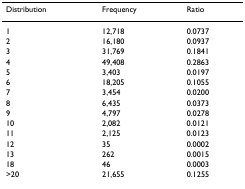
<table><thead><tr><td><b>Distribution</b></td><td><b>Frequency</b></td><td><b>Ratio</b></td></tr></thead><tbody><tr><td>1</td><td>12,718</td><td>0.0737</td></tr><tr><td>2</td><td>16,180</td><td>0.0937</td></tr><tr><td>3</td><td>31,769</td><td>0.1841</td></tr><tr><td>4</td><td>49,408</td><td>0.2863</td></tr><tr><td>5</td><td>3,403</td><td>0.0197</td></tr><tr><td>6</td><td>18,205</td><td>0.1055</td></tr><tr><td>7</td><td>3,454</td><td>0.0200</td></tr><tr><td>8</td><td>6,435</td><td>0.0373</td></tr><tr><td>9</td><td>4,797</td><td>0.0278</td></tr><tr><td>10</td><td>2,082</td><td>0.0121</td></tr><tr><td>11</td><td>2,125</td><td>0.0123</td></tr><tr><td>12</td><td>35</td><td>0.0002</td></tr><tr><td>13</td><td>262</td><td>0.0015</td></tr><tr><td>18</td><td>46</td><td>0.0003</td></tr><tr><td>&gt;20</td><td>21,655</td><td>0.1255</td></tr></tbody></table>